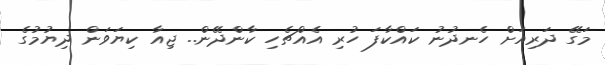
މަގޭ ދަރިއަށް ހެނދުނު ކައްކާފަ ހުރި އެއްޗެހި ކާންދޭން.. ޖިއާ ކިޔަވަން ދިޔުމުގެ